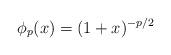
LaTeX: \begin{align*}\phi_p(x)=(1+x)^{-p/2}\end{align*}